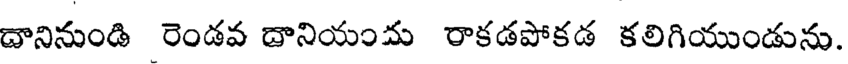
దానినుండి రెండవ దానియందు రాకడపోకడ కలిగియుండును.